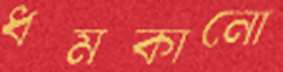
ধমকানো